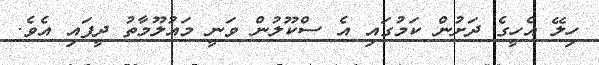
ހިލޭ އެހީގެ ދަށުން ކަމުގައި އެ ސްކޫލުން ވަނީ މައުލޫމާތު ދީފައި އެވެ.